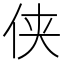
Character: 侠